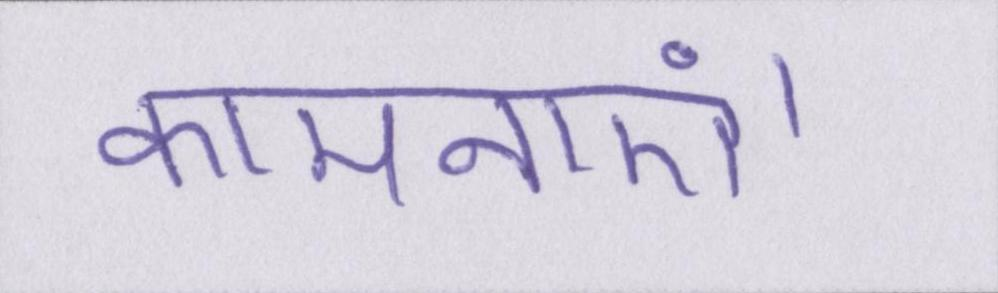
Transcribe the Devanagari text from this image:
कामनाएं।